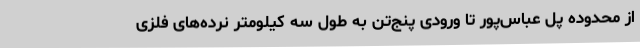
از محدوده پل عباس‌پور تا ورودی پنج‌تن به طول سه کیلومتر نرده‌های فلزی